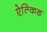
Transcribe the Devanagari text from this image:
ऐल्किड